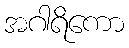
အဂါရိကော